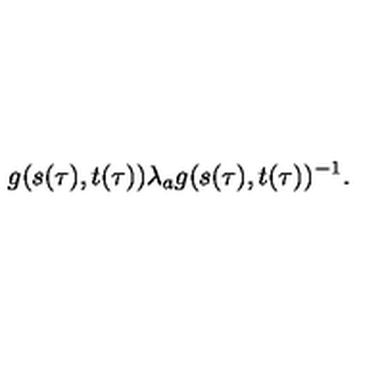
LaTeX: g ( s ( \tau ) , t ( \tau ) ) { \lambda } _ { a } g ( s ( \tau ) , t ( \tau ) ) ^ { - 1 } .